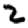
Digit: 2